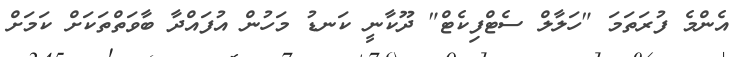
އެންމެ ފުރަތަމަ "ހަލާލް ސެޓްފިކެޓް" ދޫކާނީ ކަނޑު މަހުން އުފައްދާ ބާވަތްތަކަށް ކަމަށް